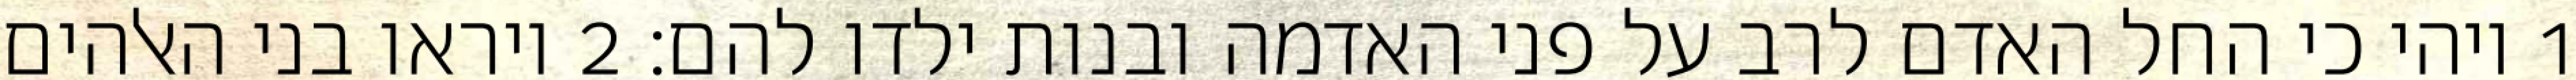
1 ויהי כי החל האדם לרב על פני האדמה ובנות ילדו להם׃ ‎2‏ ויראו בני האלהים